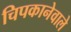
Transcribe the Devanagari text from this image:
चिपकानेवाले